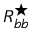
R _ { b b } ^ { \star }